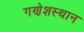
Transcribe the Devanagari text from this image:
गणेशस्थान